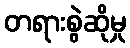
တရားစွဲဆိုမှု